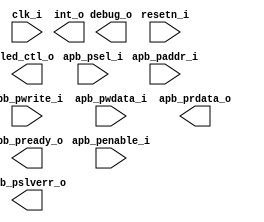
/*******************************************************************************
    Verilog netlist generated by IPGEN Lattice Propel (64-bit)
    2.0.2104292220
    Soft IP Version: 2.1
    2021 06 17 16:18:11
*******************************************************************************/
/*******************************************************************************
    Wrapper Module generated per user settings.
*******************************************************************************/
module WS2812 (clk_i, resetn_i, led_ctl_o, debug_o, apb_penable_i, apb_psel_i,
    apb_pwrite_i, apb_paddr_i, apb_pwdata_i, apb_prdata_o, apb_pslverr_o,
    apb_pready_o, int_o)/* synthesis syn_black_box syn_declare_black_box=1 */;
    input  clk_i;
    input  resetn_i;
    output  led_ctl_o;
    output  debug_o;
    input  apb_penable_i;
    input  apb_psel_i;
    input  apb_pwrite_i;
    input  [5:0]  apb_paddr_i;
    input  [31:0]  apb_pwdata_i;
    output  [31:0]  apb_prdata_o;
    output  apb_pslverr_o;
    output  apb_pready_o;
    output  int_o;
endmodule